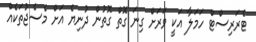
ޓެރަރިސްޓް ހަމަލާ އަކީ ވަރަށް ގިނަ ގޮތް ގޮތުން ދުނިޔެ އަށް މެސެޖުތަކެއް